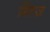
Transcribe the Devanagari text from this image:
गिल्ज़